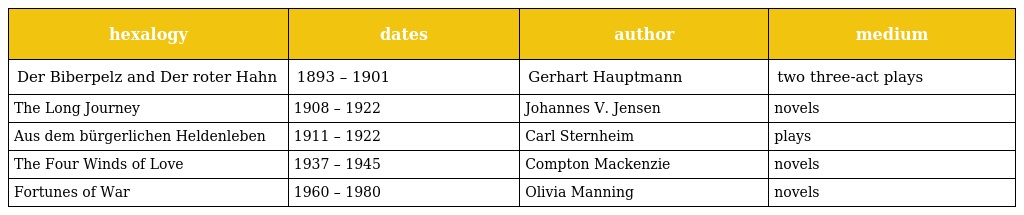
| hexalogy | dates | author | medium |
 | --- | --- | --- | --- |
 | Der Biberpelz and Der roter Hahn | 1893 – 1901 | Gerhart Hauptmann | two three-act plays |
 | The Long Journey | 1908 – 1922 | Johannes V. Jensen | novels |
 | Aus dem bürgerlichen Heldenleben | 1911 – 1922 | Carl Sternheim | plays |
 | The Four Winds of Love | 1937 – 1945 | Compton Mackenzie | novels |
 | Fortunes of War | 1960 – 1980 | Olivia Manning | novels |